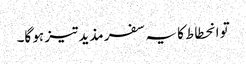
تو انحطاط کا یہ سفر مذید تیز ہو گا۔